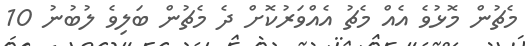
މެޗުން މޮޅުވެ އެއް މެޗު އެއްވަރުކޮށް ދެ މެޗުން ބަލިވެ ލުބުނު 10